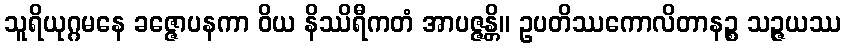
သူရိယုဂ္ဂမနေ ခဇ္ဇောပနကာ ဝိယ နိဿိရီကတံ အာပဇ္ဇန္တိ။ ဥပတိဿကောလိတာနဉ္စ သဉ္ဇယဿ